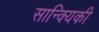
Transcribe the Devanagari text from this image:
सान्क्यिकी